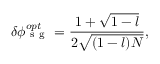
\delta \phi _ { \mathrm { ~ s ~ g ~ } } ^ { o p t } = \frac { 1 + \sqrt { 1 - l } } { 2 \sqrt { ( 1 - l ) N } } ,